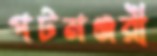
পটমঞ্জরী